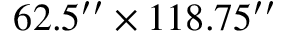
6 2 . 5 ^ { \prime \prime } \times 1 1 8 . 7 5 ^ { \prime \prime }